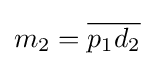
m_{2}={\overline {p_{1}d_{2}}}